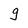
Character: g